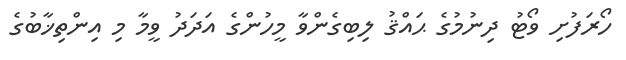
ހޯރަފުށި ވޯޓު ދިނުމުގެ ޙައްޤު ލިބިގެންވާ މީހުންގެ އަދަދު ވީމާ މި އިންތިޚާބުގެ